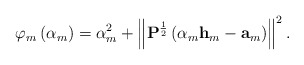
\begin{align*}\varphi_{m}\left(\alpha_{m}\right)=\alpha_{m}^{2}+\left\Vert \mathbf{P}^{\frac{1}{2}}\left(\alpha_{m}\mathbf{h}_{m}-\mathbf{a}_{m}\right)\right\Vert ^{2}.\end{align*}